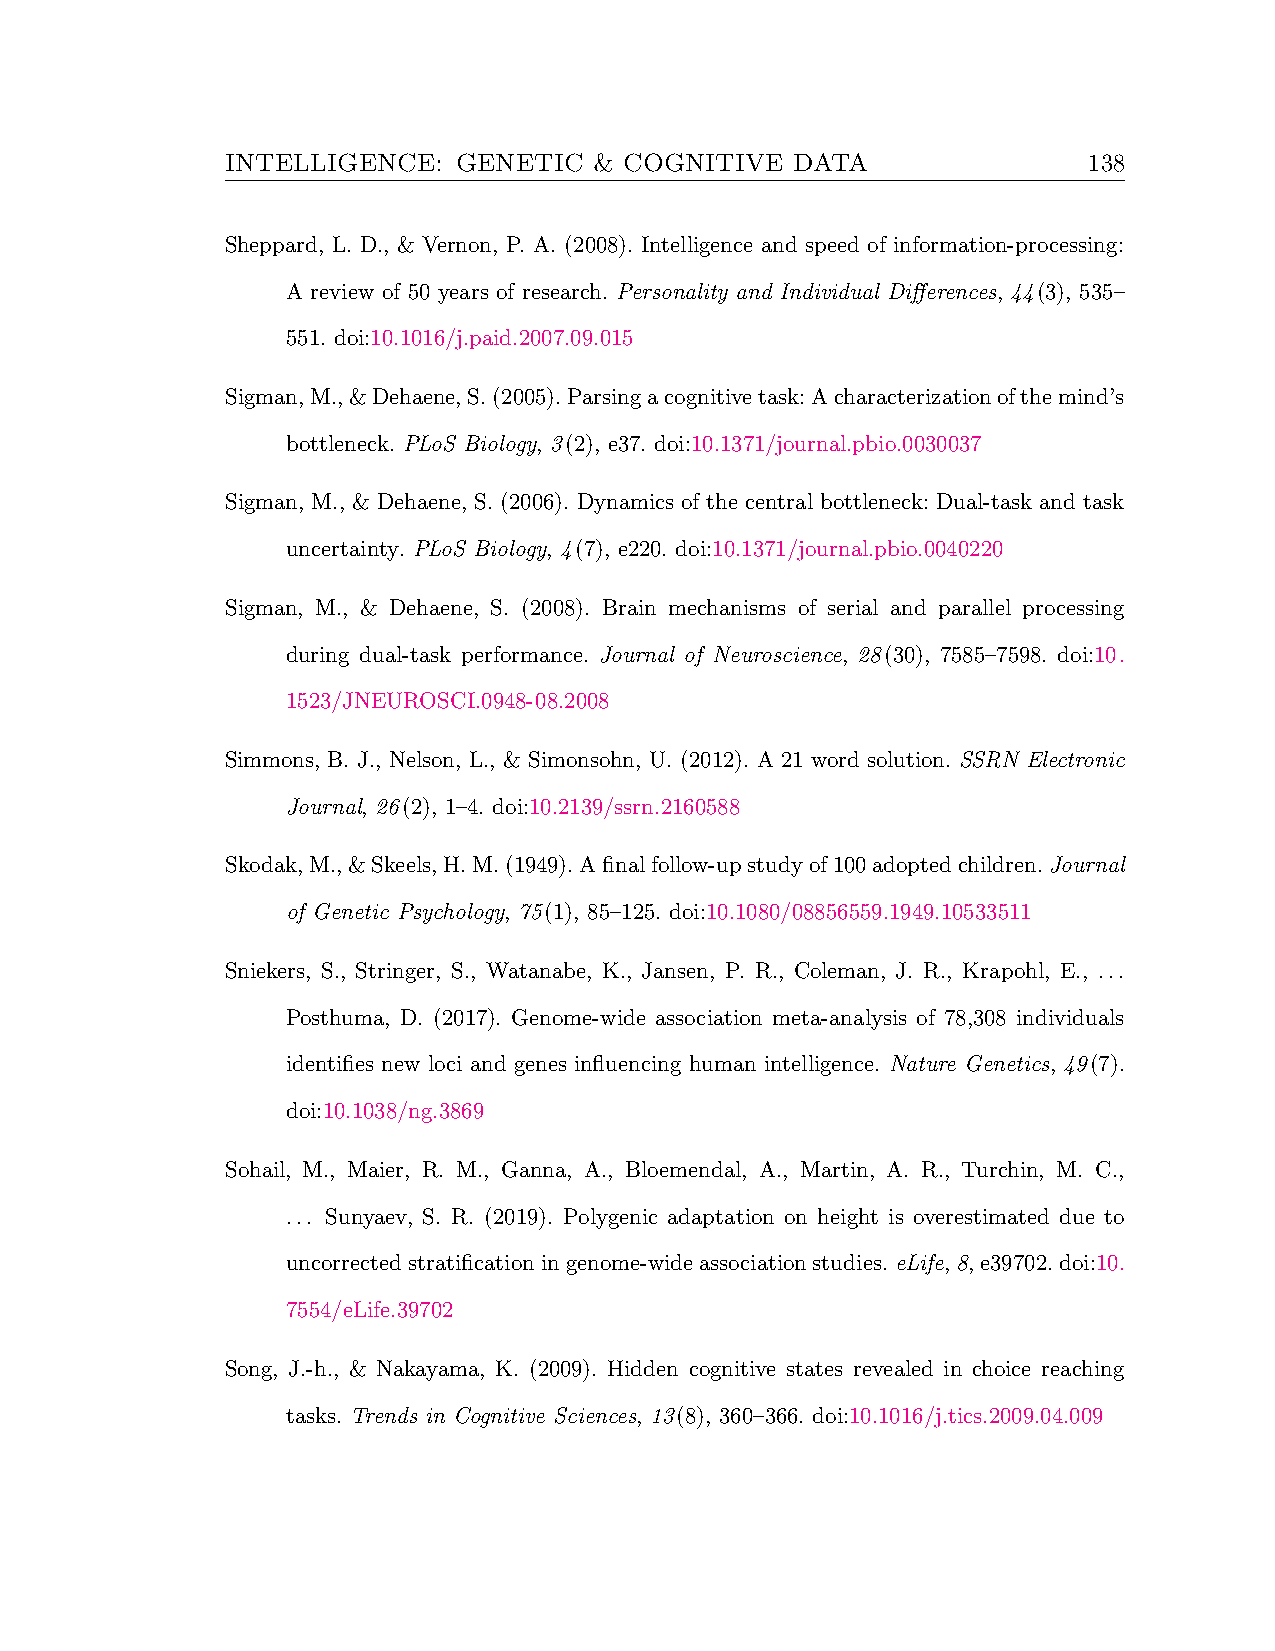
INTELLIGENCE:  GENETIC  & COGNITIVE   DATA               138
 Sheppard, L. D., & Vernon, P. A. (2008). Intelligence and speed of information-processing:
 A review of 50 years of research. Personality and Individual Differences, 44(3), 535–
 551. doi:10.1016/j.paid.2007.09.015
 Sigman,M.,&Dehaene,S.(2005).Parsingacognitivetask:Acharacterizationofthemind’s
 bottleneck. PLoS Biology, 3(2), e37. doi:10.1371/journal.pbio.0030037
 Sigman, M., & Dehaene, S. (2006). Dynamics of the central bottleneck: Dual-task and task
 uncertainty. PLoS Biology, 4(7), e220. doi:10.1371/journal.pbio.0040220
 Sigman, M., & Dehaene, S. (2008). Brain mechanisms of serial and parallel processing
 during dual-task performance. Journal of Neuroscience, 28(30), 7585–7598. doi:10.
 1523/JNEUROSCI.0948-08.2008
 Simmons, B. J., Nelson, L., & Simonsohn, U. (2012). A 21 word solution. SSRN Electronic
 Journal, 26(2), 1–4. doi:10.2139/ssrn.2160588
 Skodak,M.,&Skeels,H.M.(1949).Afinalfollow-upstudyof100adoptedchildren.Journal
 of Genetic Psychology, 75(1), 85–125. doi:10.1080/08856559.1949.10533511
 Sniekers, S., Stringer, S., Watanabe, K., Jansen, P. R., Coleman, J. R., Krapohl, E., ...
 Posthuma, D. (2017). Genome-wide association meta-analysis of 78,308 individuals
 identifies new loci and genes influencing human intelligence. Nature Genetics, 49(7).
 doi:10.1038/ng.3869
 Sohail, M., Maier, R. M., Ganna, A., Bloemendal, A., Martin, A. R., Turchin, M. C.,
 ... Sunyaev, S. R. (2019). Polygenic adaptation on height is overestimated due to
 uncorrectedstratificationingenome-wideassociationstudies.eLife,8,e39702.doi:10.
 7554/eLife.39702
 Song, J.-h., & Nakayama, K. (2009). Hidden cognitive states revealed in choice reaching
 tasks. Trends in Cognitive Sciences, 13(8), 360–366. doi:10.1016/j.tics.2009.04.009